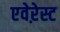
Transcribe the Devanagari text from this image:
एवेऱेस्ट